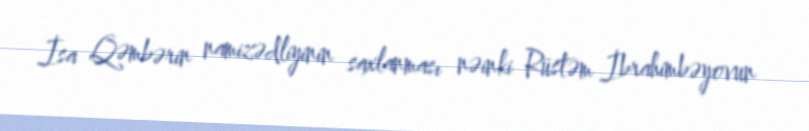
İsa Qəmbərin namizədliyinin saxlanması nəinki Rüstəm İbrahimbəyovun